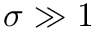
\sigma \gg 1